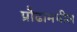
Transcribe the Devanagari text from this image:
प्रौढामधील